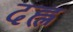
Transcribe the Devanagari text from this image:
दह्ल